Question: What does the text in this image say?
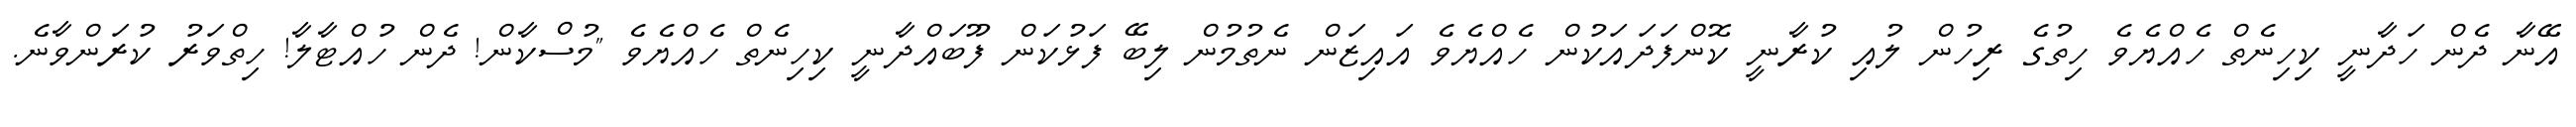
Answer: އޭނާ ދެން ހަދާނީ ކިހިނެތް ހެއްޔެވެ ހިތުގެ ރިހުން ލުއި ކުރާނީ ކޮންފަދައަކުން ހެއްޔެވެ އައިޒަން ނެތުމުން ލިބޭ ފަޅުކަން ފޫބައްދާނީ ކިހިނެތް ހެއްޔެވެ "މުސްކާން! ދެން ހުއްޓާލާ! ހިތްވަރު ކުރަންވާނެ.